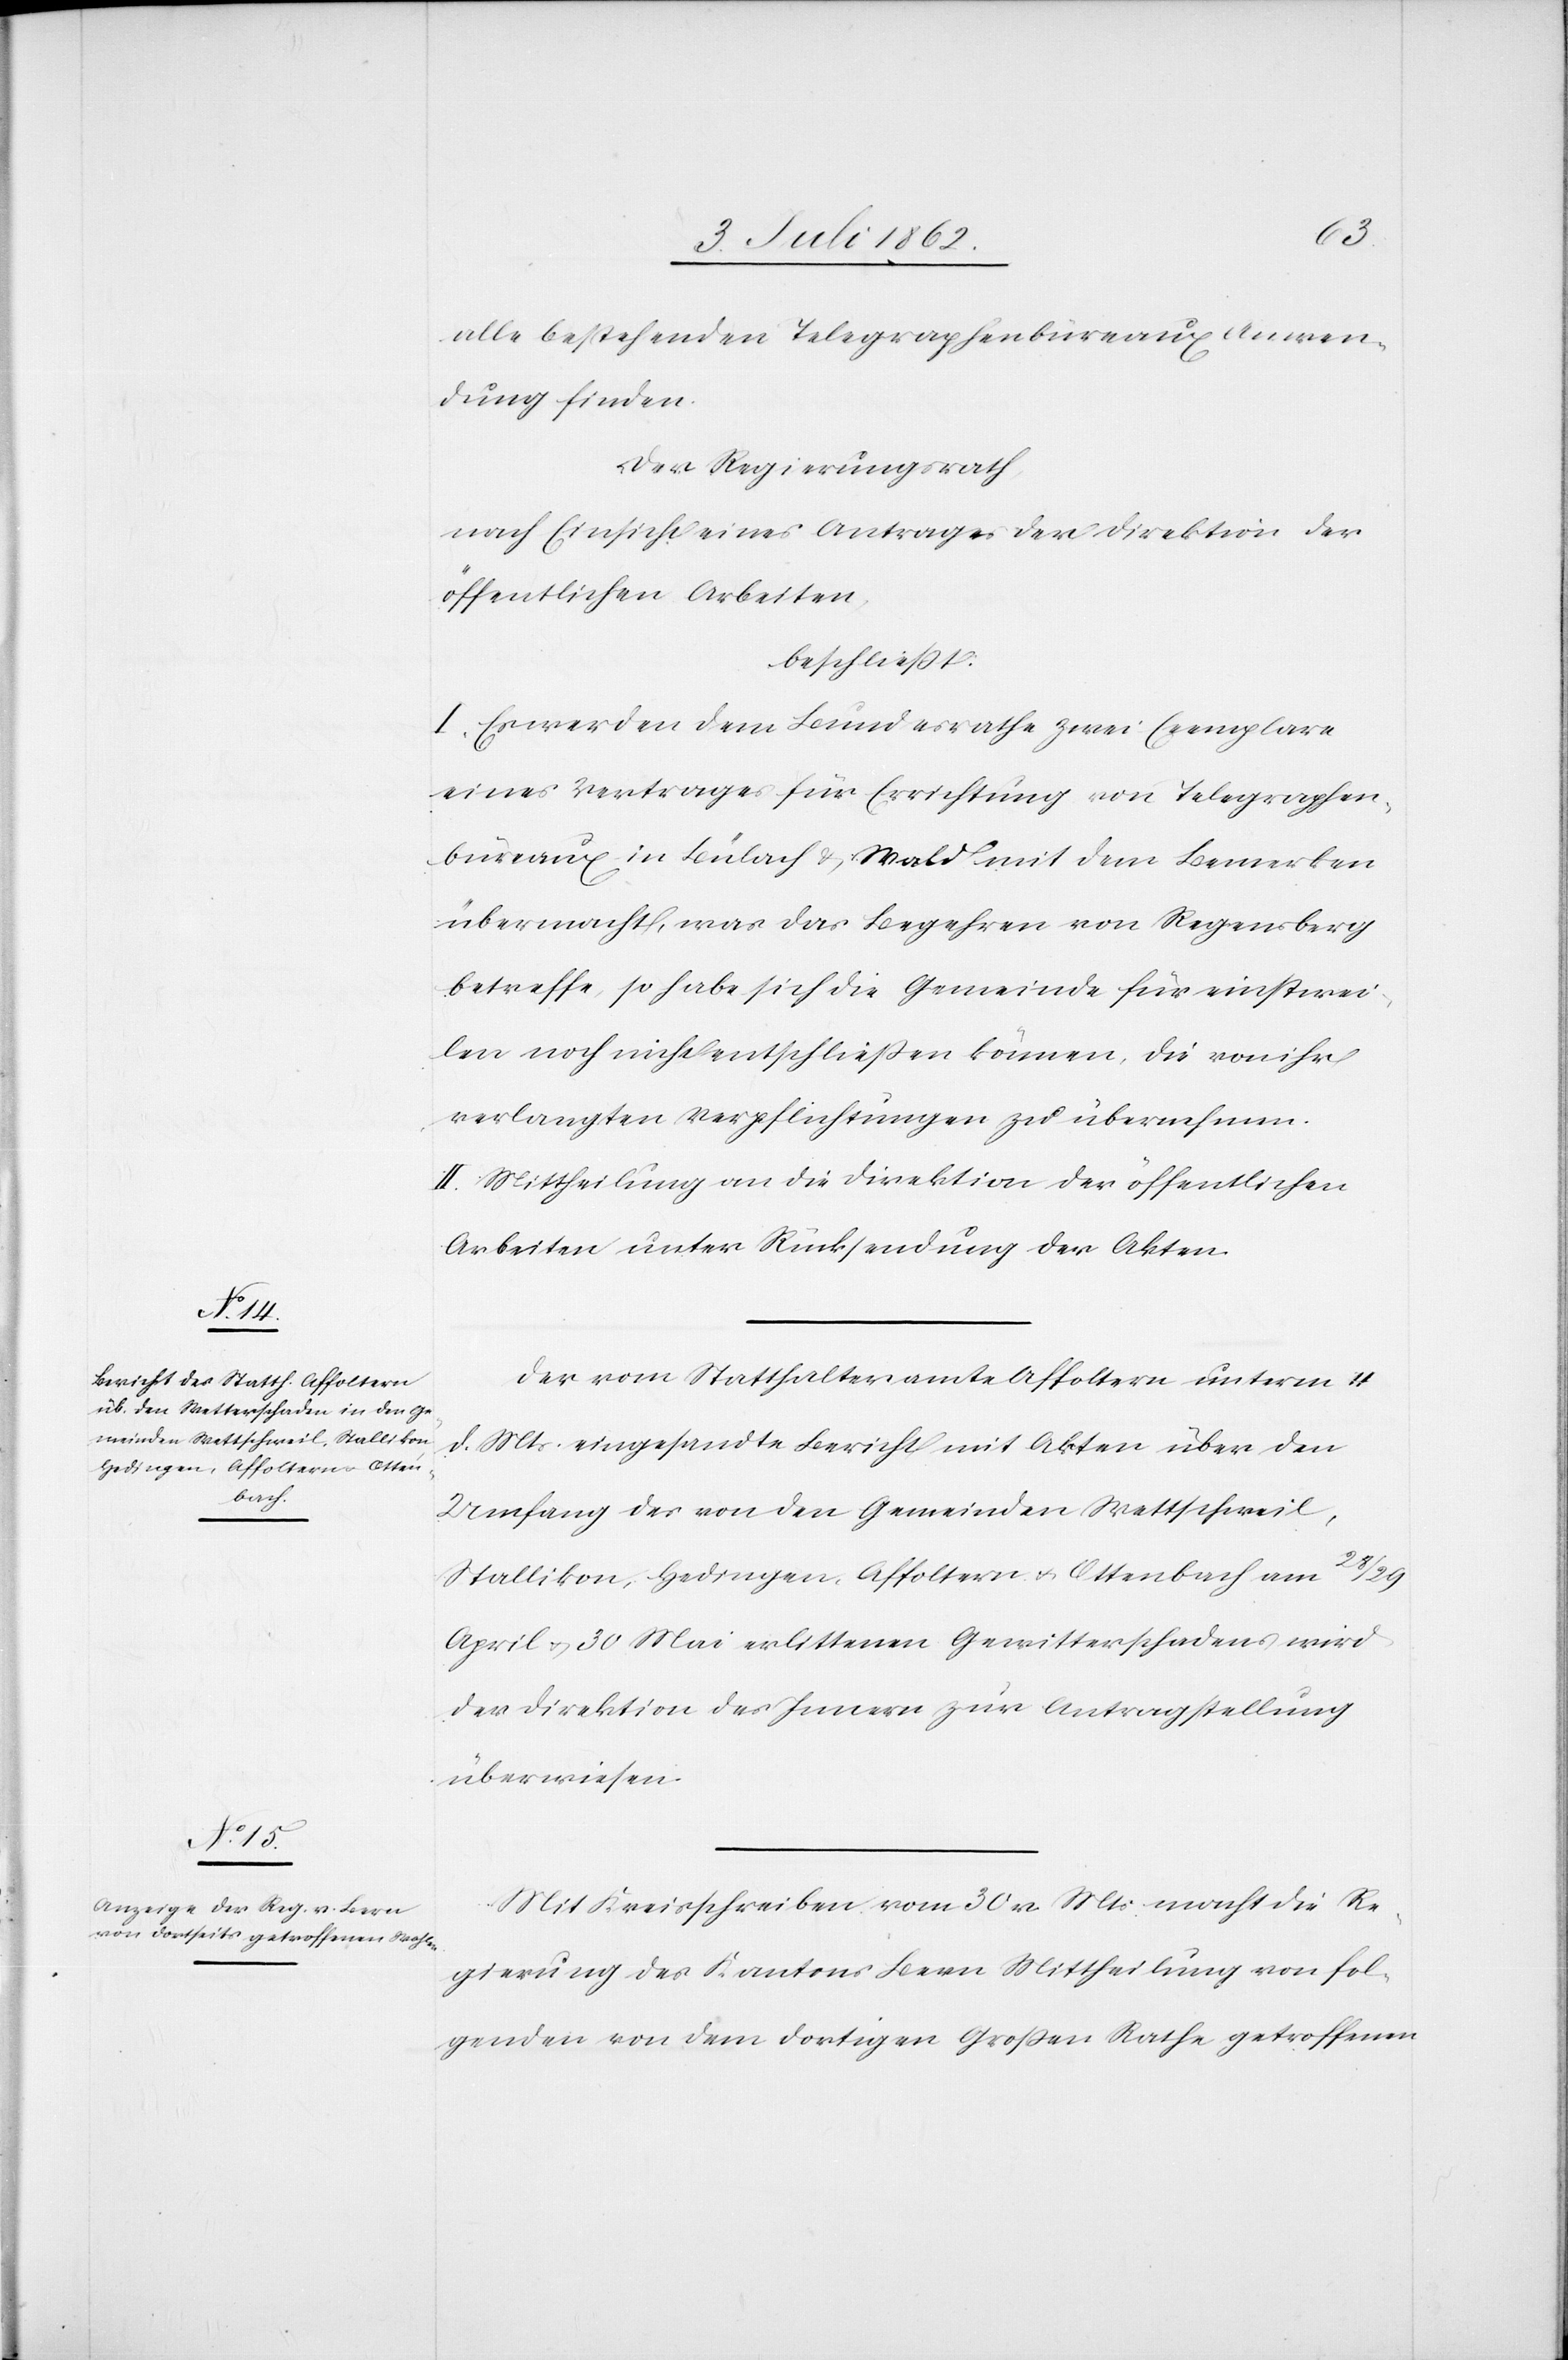
v. Mts.
macht die Re¬

alle bestehenden Telegraphenbüreaux Anwen¬
dung finden.
Der Regierungsrath
nach Einsicht eines Antrages der Direktion der
öffentlichen Arbeiten,
beschließt:
I. Es werden dem Bundesrathe zwei Exemplare
eines Vertrages für Errichtung von Telegraphen¬
büreaux in Bülach u. Wald mit dem Bemerken
übermacht, was das Begehren von Regensberg
betreffe, so habe sich die Gemeinde für einstwei¬
len noch nicht entschließen können, die von ihr
verlangten Verpflichtungen zu übernehmen.
II. Mittheilung an die Direktion der öffentlichen
Arbeiten unter Rücksendung der Akten.
Der vom Statthalteramte Affoltern unterm 4
d. Mts. eingesandte Bericht mit Akten über den
Umfang des von den Gemeinden Wettschweil,
Stallikon, Hedingen, Affoltern u. Ottenbach am 28/29
April u. 30 Mai erlittenen Gewitterschadens wird
der Direktion des Innern zur Antragstellung
überwiesen.
gierung des Kantons Bern Mittheilung von fol¬
genden von dem dortigen Großen Rathe getroffenen